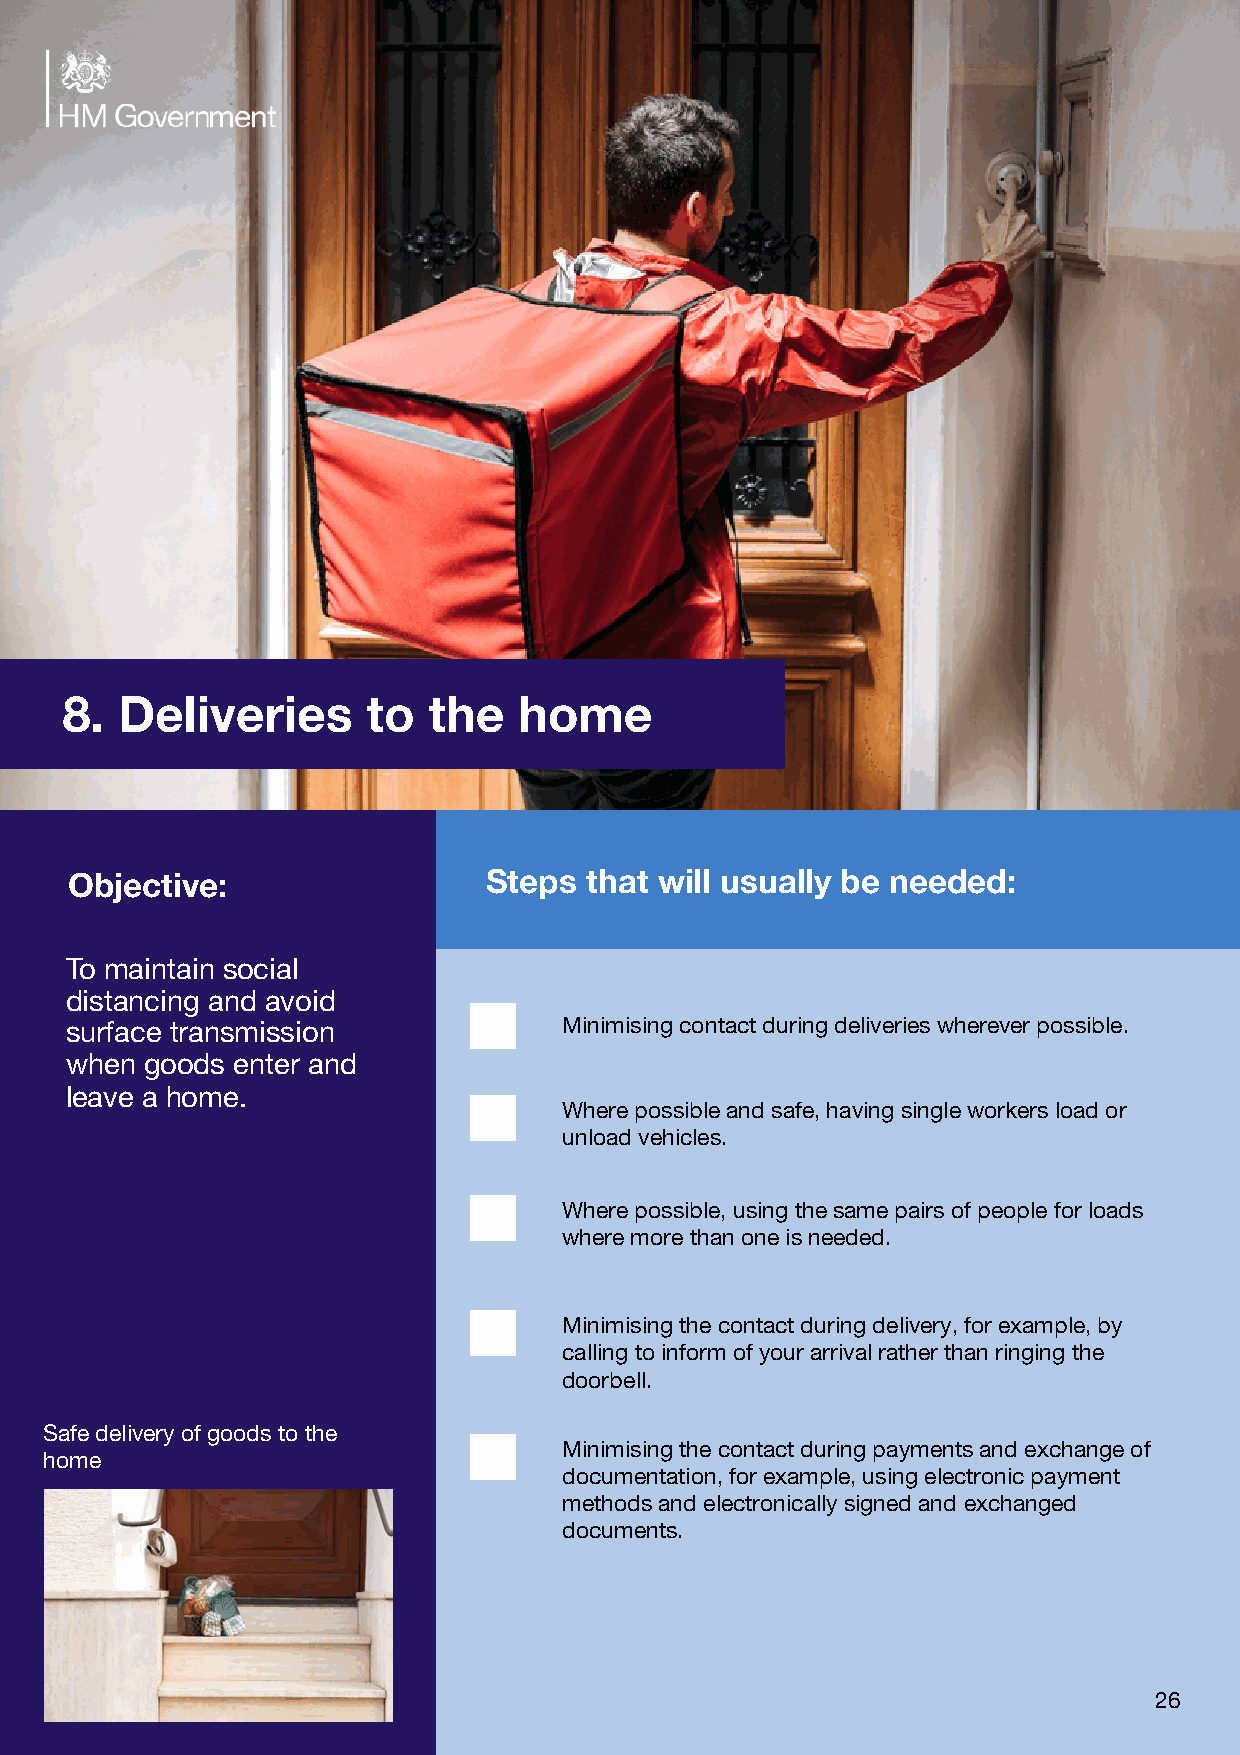
8.                s  o     e         e
 Deliverie       t   th    hom
 Objective:                  Steps  that will usually be needed:
 To maintain social
 distancing and avoid
 surface transmission             Minimising contact during deliveries wherever possible.
 when  goods enter and
 leave a home.
 Where possible and safe, having single workers load or
 unload vehicles.
 Where possible, using the same pairs of people for loads
 where more than one is needed.
 Minimising the contact during delivery, for example, by
 calling to inform of your arrival rather than ringing the
 doorbell.
 Safe delivery of goods to the
 Minimising the contact during payments and exchange of
 home
 documentation, for example, using electronic payment
 methods and electronically signed and exchanged
 documents.
 26